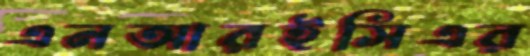
এনআরইসিএর